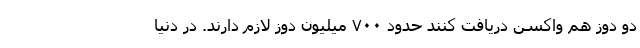
دو دوز هم واکسن دریافت کنند حدود ۷۰۰ میلیون دوز لازم دارند. در دنیا